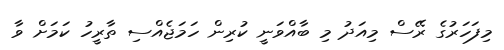
މިފަހަރުގެ ރޭސް މިއަދު މި ބާއްވަނީ ކުރިން ހަަމަޖެއްސި ތާރީހު ކަމަށް ވާ